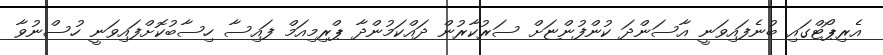
އެރިޕޯޓްގައި ބުނެފައިވަނީ އާސަންދަ ކުންފުންޏަށް ސަރުކާރުން ދައްކަމުންދާ ޕްރިމިއަމް ފައިސާ ހިސާބުކޮށްފައިވަނީ ހުސްނުވާ